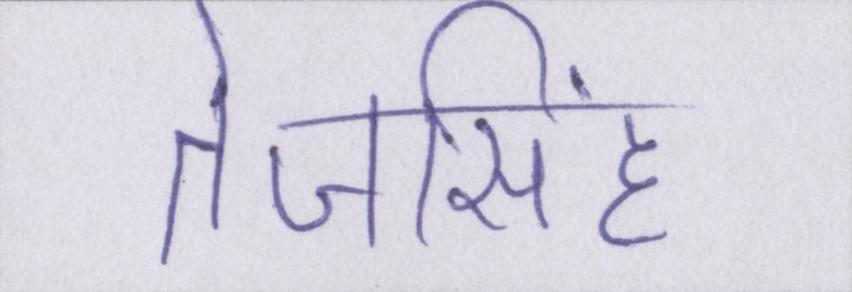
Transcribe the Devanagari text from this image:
तेजसिंह